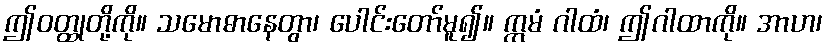
ဤဝတ္ထုတို့ကို။ သမောဓာနေတွာ၊ ပေါင်းတော်မူ၍။ ဣမံ ဂါထံ၊ ဤဂါထာကို။ အာဟ၊